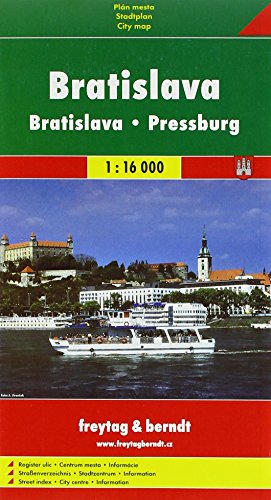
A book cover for Bratislava (Slovakia) 1:16,000 Street Map, soft cover, GeoClub; Travel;